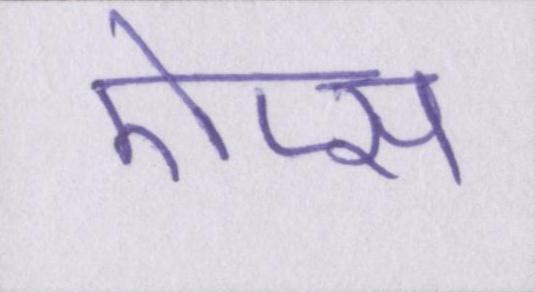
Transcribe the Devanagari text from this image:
ऐप्स